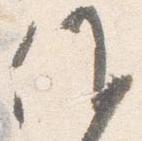
候